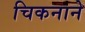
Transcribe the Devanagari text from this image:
चिकनाने